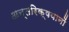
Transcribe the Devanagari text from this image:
अन्तरिक्षयानों